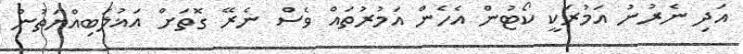
އަދި ނެރުނު އަމުރަކީ ކޯޓުން އެހެން އަމުރުތައް ވެސް ނެރޭ ގޮތަށް އަޣުލަބިއްޔަތުން